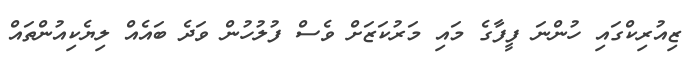
ޒިއުރިކްގައި ހުންނަ ފީފާގެ މައި މަރުކަޒަށް ވެސް ފުލުހުން ވަދެ ބައެއް ލިޔެކިއުންތައް